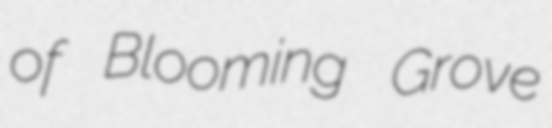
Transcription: of Blooming Grove